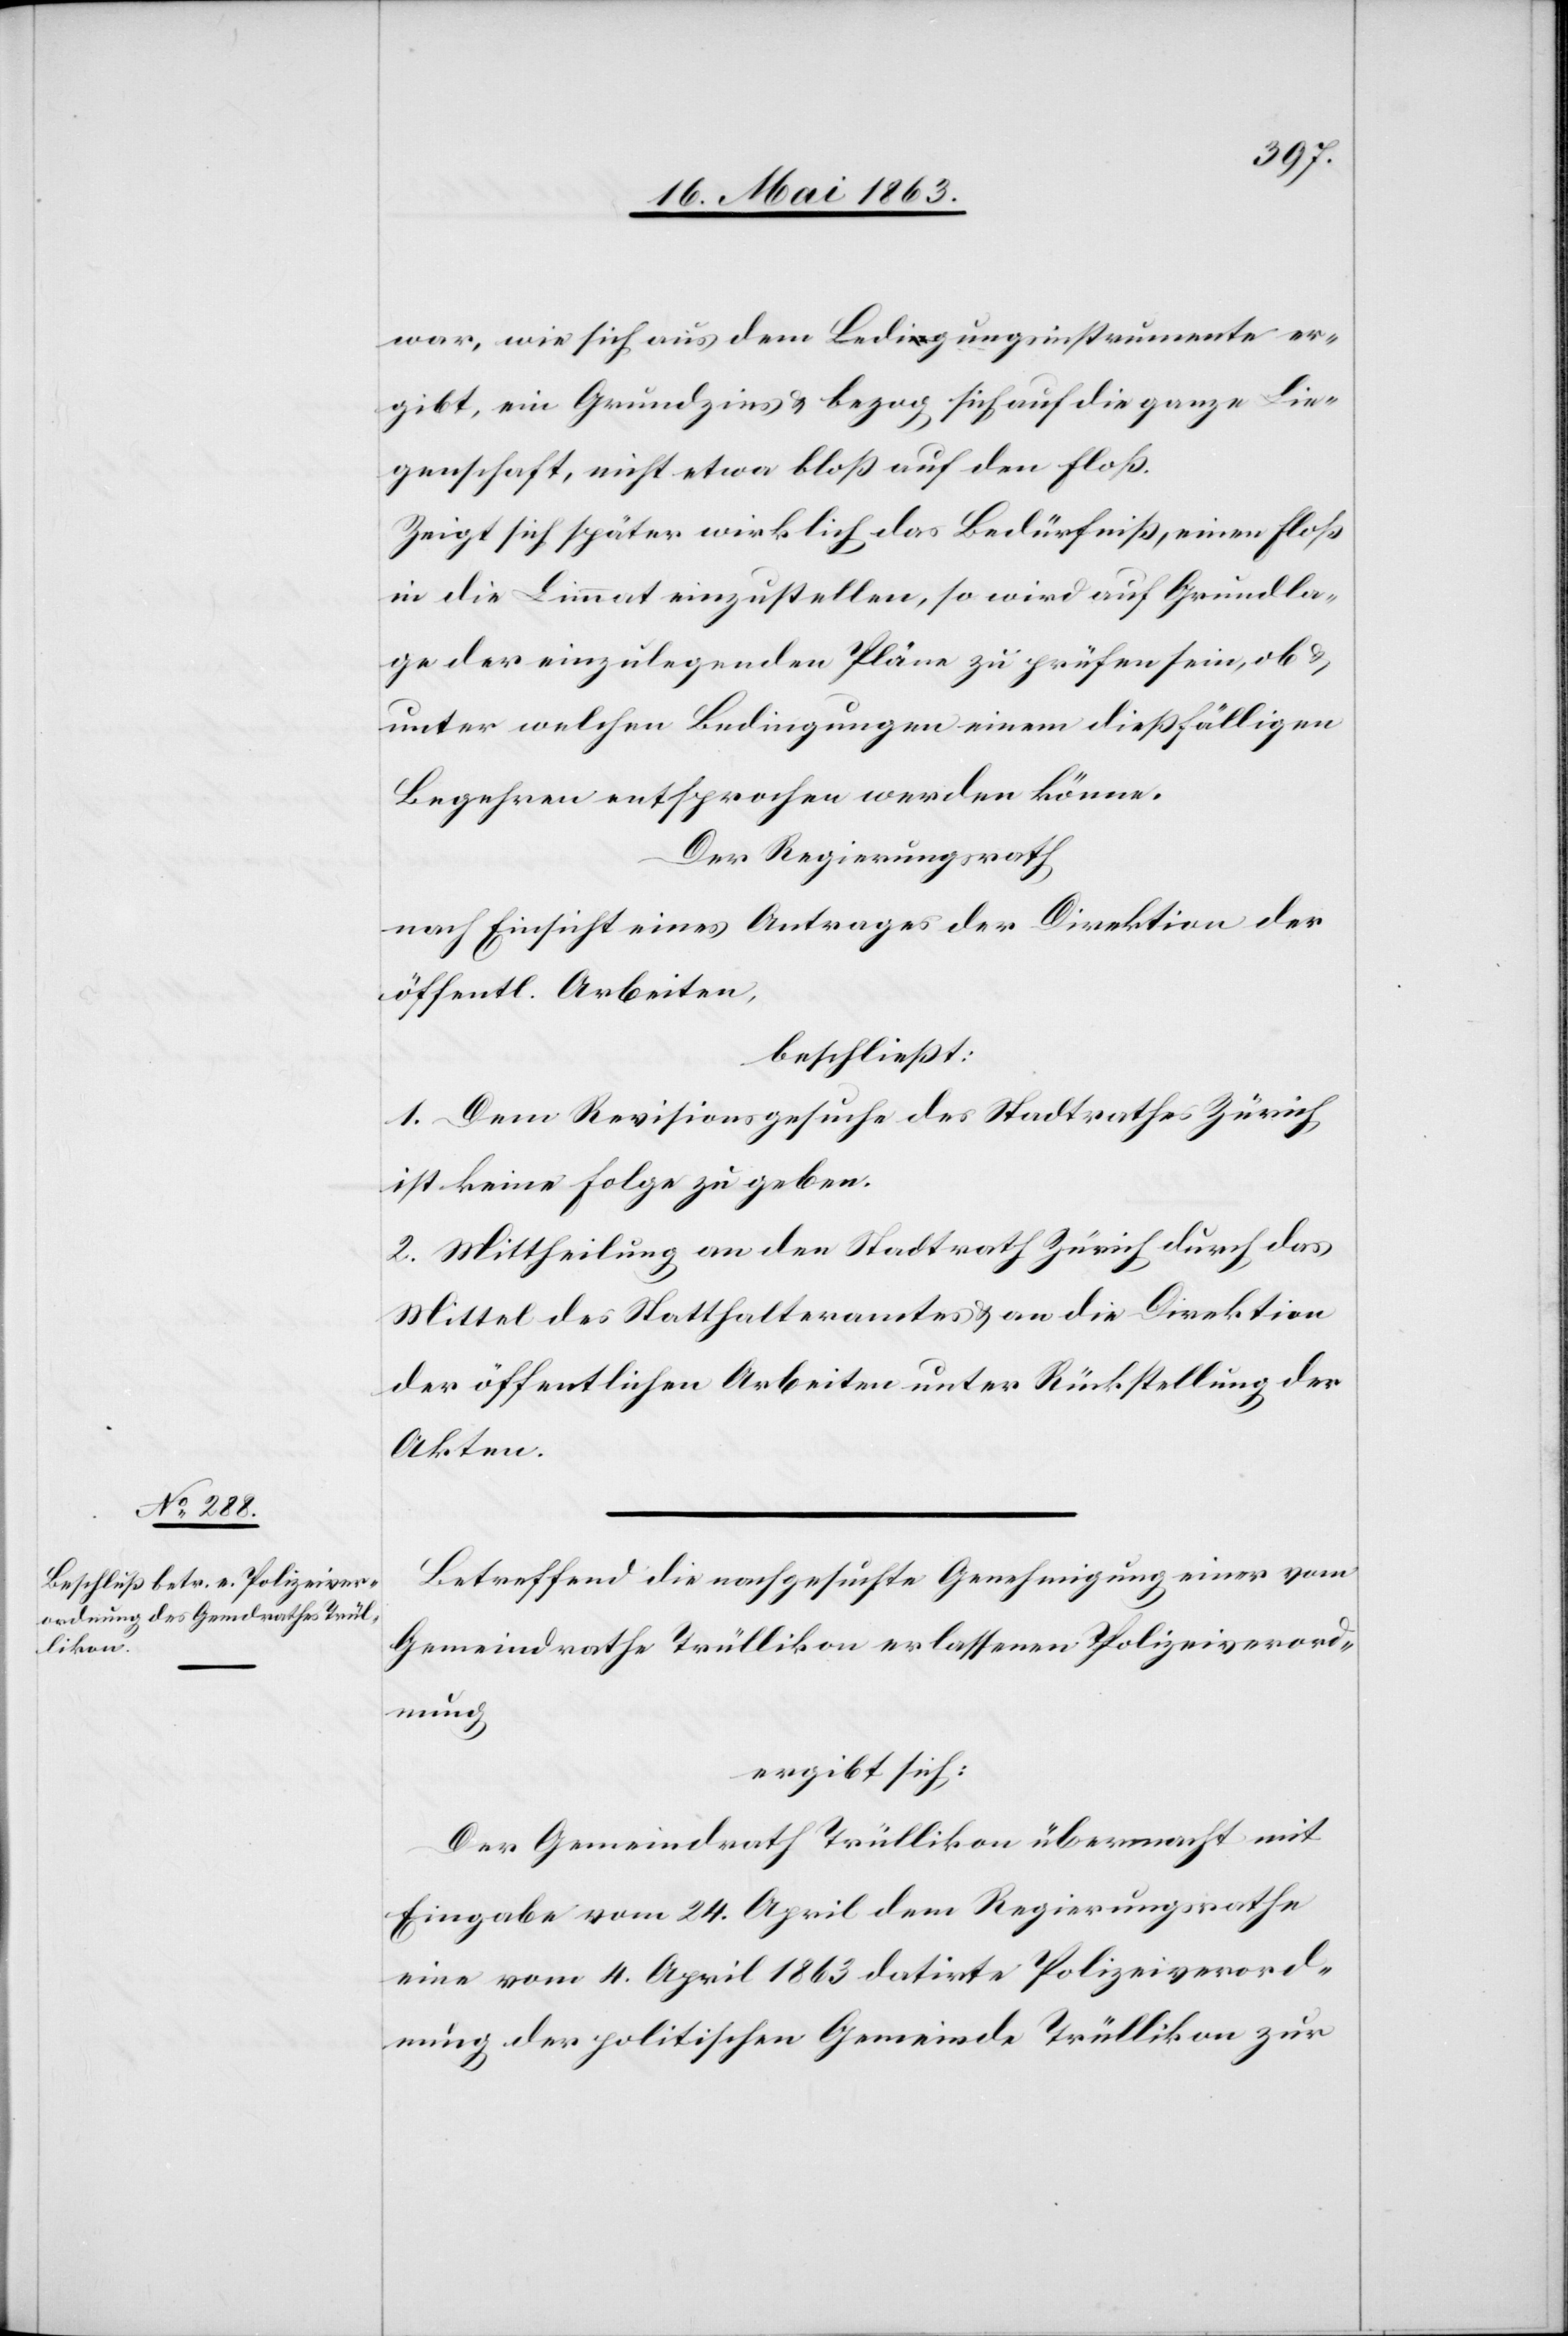
war, wie sich aus dem Ledigungsinstrumente er¬
gibt, ein Grundzins & bezog sich auf die ganze Lie¬
genschaft, nicht etwa bloß auf den Floß.
Zeigt sich später wirklich das Bedürfniß, einen Floß
in die Limmat einzustellen, so wird auf Grundla¬
ge der einzulegenden Pläne zu prüfen sein, ob &
unter welchen Bedingungen einem dießfälligen
Begehren entsprochen werden könne.
Der Regierungsrath
nach Einsicht eines Antrages der Direktion der
öffentl. Arbeiten,
beschließt:
1. Dem Revisionsgesuche des Stadtrathes Zürich
ist keine Folge zu geben.
2. Mittheilung an den Stadtrath Zürich durch das
Mittel des Statthalteramtes & an die Direktion
der öffentlichen Arbeiten unter Rückstellung der
Akten.
Betreffend die nachgesuchte Genehmigung einer vom
Gemeindrathe Trüllikon erlassenen Polizeiverord¬
nung
ergibt sich:
Der Gemeindrath Trüllikon übermacht mit
Eingabe vom 24. April dem Regierungsrathe
eine vom 4. April 1863 datirte Polizeiverord¬
nung der politischen Gemeinde Trüllikon zur